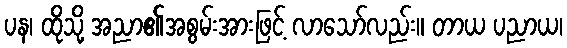
ပန၊ ထိုသို့ အညာ၏အစွမ်းအားဖြင့် လာသော်လည်း။ တာယ ပညာယ၊